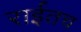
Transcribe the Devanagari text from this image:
राईतच